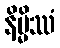
နိမ္မိဿံ